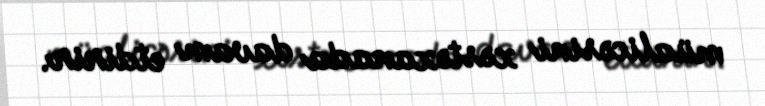
müalicəsini xəstəxanada davam etdirir.